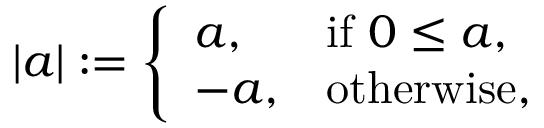
| a | : = { \left\{ \begin{array} { l l } { a , } & { { \mathrm { i f ~ } } 0 \leq a , } \\ { - a , } & { { \mathrm { o t h e r w i s e } } , } \end{array} \right. }